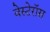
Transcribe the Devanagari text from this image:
वेस्टेरॉस